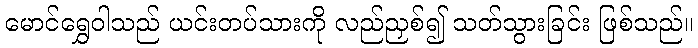
မောင်ရွှေဝါသည် ယင်းတပ်သားကို လည်ညှစ်၍ သတ်သွားခြင်း ဖြစ်သည်။